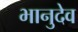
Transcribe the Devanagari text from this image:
भानुदेव